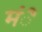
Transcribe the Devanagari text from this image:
मंै